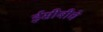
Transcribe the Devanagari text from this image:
ईसीबीचे